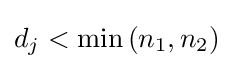
d_{j}<\min {(n_{1},n_{2})}